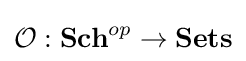
{\mathcal {O}}:{\textbf {Sch}}^{op}\to {\textbf {Sets}}